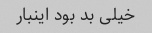
خیلی بد بود اینبار